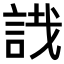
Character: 𧧟